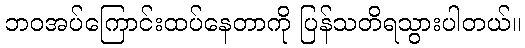
ဘဝအပ်ကြောင်းထပ်နေတာကို ပြန်သတိရသွားပါတယ်။